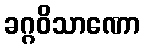
ခဂ္ဂဝိသာဏော